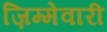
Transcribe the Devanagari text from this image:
ज़िम्मेवारी